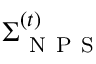
\boldsymbol { \Sigma } _ { \mathrm { ~ N ~ P ~ S ~ } } ^ { ( t ) }